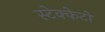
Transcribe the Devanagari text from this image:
स्टेक्केटो